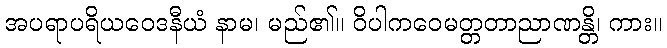
အပရာပရိယဝေဒနီယံ နာမ၊ မည်၏။ ဝိပါကဝေမတ္တတာညာဏန္တိ၊ ကား။